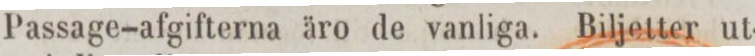
Passage-afgifterna äro de vanliga. Biljetter ut-